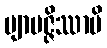
ဗျာပဇ္ဇိဿာမိ